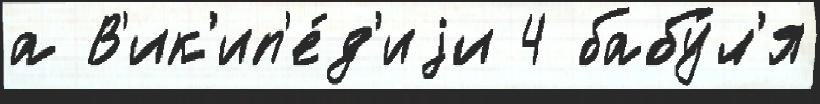
а В'ик'ип'е́д'иjи 4 бабу́л'я